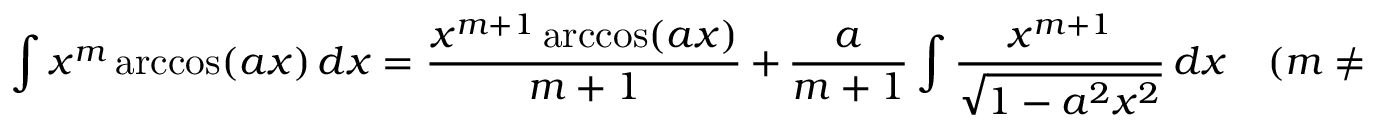
\int x ^ { m } \operatorname { a r c c o s } ( a x ) \, d x = { \frac { x ^ { m + 1 } \operatorname { a r c c o s } ( a x ) } { m + 1 } } \, + \, { \frac { a } { m + 1 } } \int { \frac { x ^ { m + 1 } } { \sqrt { 1 - a ^ { 2 } x ^ { 2 } } } } \, d x \quad ( m \neq - 1 )